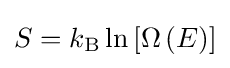
S=k_{\mathrm {B} }\ln \left[\Omega \left(E\right)\right]